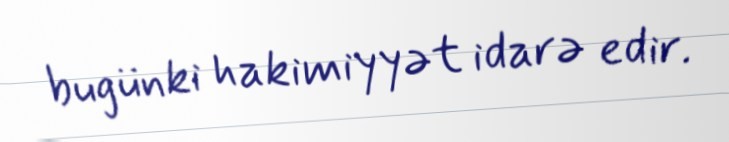
bugünki hakimiyyət idarə edir.